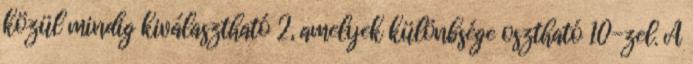
közül mindig kiválasztható 2, amelyek különbsége osztható 10-zel. A